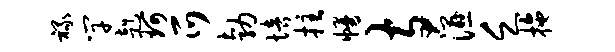
禄竿赳珂爪勃培拄幔寺湿乏拖